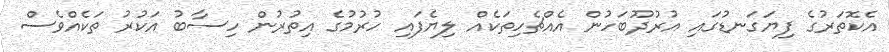
އެކޮތަރުގެ ފިޔަގަނޑުގައި އުރުދޫބަހުން އެއްޗެހިތަކެއް ލިޔެފައި ހުރުމުގެ އިތުރުން ހިސާބު އަކުރު ތަކެއްވެސް